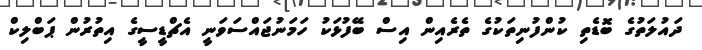
ދައުލަތުގެ ބޮޑެތި ކުންފުނިތަކުގެ ތެރެއިން އިސް ބޭފުޅަކު ހަމަނުޖައްސަވަނީ އެޗްޑީސީގެ އިތުރުން ޕަބްލިކް